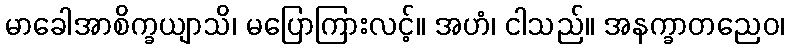
မာခေါအာစိက္ခယျာသိ၊ မပြောကြားလင့်။ အဟံ၊ ငါသည်။ အနက္ခာတညေဝ၊